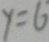
y = 6